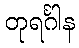
တုရင်္ဂါန